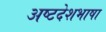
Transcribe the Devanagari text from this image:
अष्टदेशभाषा